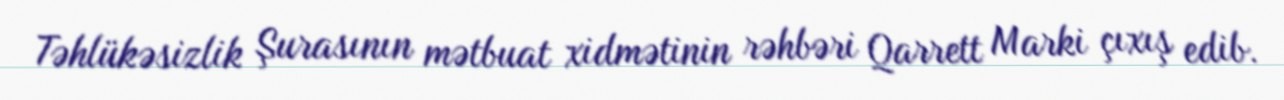
Təhlükəsizlik Şurasının mətbuat xidmətinin rəhbəri Qarrett Marki çıxış edib.